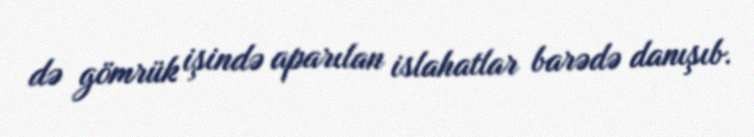
də gömrük işində aparılan islahatlar barədə danışıb.